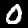
Label: 0